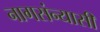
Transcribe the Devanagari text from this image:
नागसंन्यासी